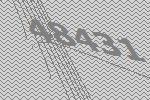
48431